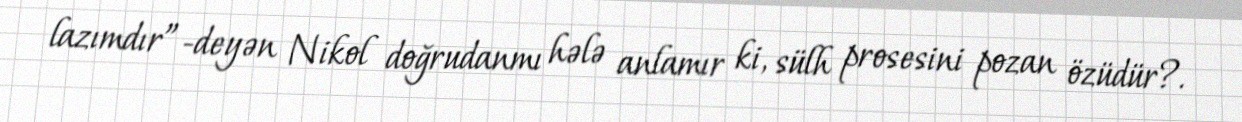
lazımdır”-deyən Nikol doğrudanmı hələ anlamır ki, sülh prosesini pozan özüdür?.